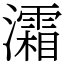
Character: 灀